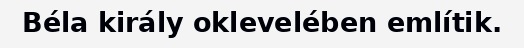
Béla király oklevelében említik.